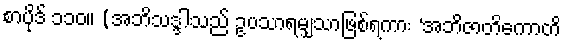
စာပိုဒ် ၁၁၀။ (အဘိသဒ္ဒါသည် ဥပသာရမျှသာဖြစ်ရကား ‘အဘိဇာတိကောတိ